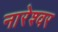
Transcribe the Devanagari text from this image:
नारेश्‍वर